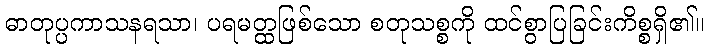
ဓာတုပ္ပကာသနရသာ၊ ပရမတ္ထဖြစ်သော စတုသစ္စကို ထင်စွာပြခြင်းကိစ္စရှိ၏။